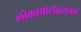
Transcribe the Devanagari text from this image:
लोकामोटीव्हसकडे